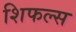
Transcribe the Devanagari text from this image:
शिफल्स